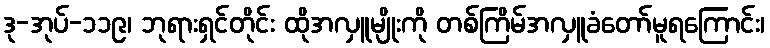
ဒု-အုပ်-၁၁၉၊ ဘုရားရှင်တိုင်း ထိုအလှူမျိုးကို တစ်ကြိမ်အလှူခံတော်မူရကြောင်း၊